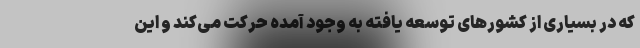
که در بسیاری از کشورهای توسعه یافته به وجود آمده حرکت می‌کند و این